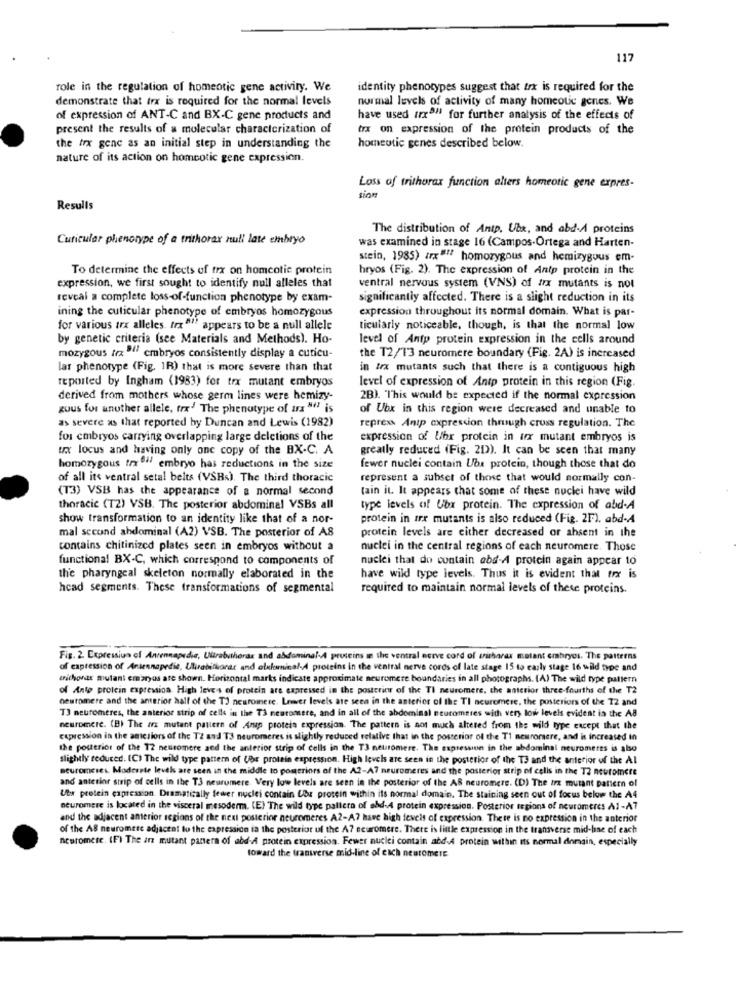
117
role in the regulation of homeotic gene activity. We
identity phenotypes suggest that trx is required for the
demonstrate that irx is required for the normal levels
normal levels of activity of many homeotic genes. We
of expression of ANT-C and BX-C gene products and
have used (rx9" for further analysis of the effects of
present the results of a molecular characterization of
trx on expression of the protein products of the
the trx genc as an initial step in understanding the
homeutic genes described below.
nature of its action on homeotic gene expression.
Loss of trithorax function alters homeotic gene expres-
sion
Results
The distribution of Antp. Ubx, and abd-A proteins
Curicular phenotype of a trithorax null late embryo
was examined in stage 16 (Campos.Ortega and Harten-
stein, 1985) irx""" homozygous and hemizygous em-
To determine the effects of trx on homcotie protein
hryos (Fig. 2). The expression of Antp protein in the
expression, we first sought to identify null alleles that
ventral nervous system (VNS) of fx mutants is not
reveal a complete loss-of-function phenotype by exam-
significantly affected. There is a slight reduction in its
ining the culicular phenotype of embryos homozygous
expression throughout its normal domain. What is par-
for various trx alleles. trx""' appears to be a null allele
ticularly noticeable, though, is that the normal low
by genetic criteria (see Materials and Methods). Ho-
level of Antp protein expression in the cells around
mozygous ix " embryos consistently display a cuticu-
the T2/13 neuromere boundary (Fig. 2A) is increased
lar phenotype (Fig. 1R) that is more severe than that
in Ix mutants such that there is a contiguous high
reported by Ingham (1983) for trx mutant embryos
level of expression of Antp protein in this region (Fig.
derived from mothers whose germ lines were hemizy-
2B). This would be expected if the normal expression
guus for another allele, trx' The phenotype of us "" is
of Ubx in this region were decreased and unable to
as severe as that reported by Duncan and Lewis (1982)
repress Anip expression through cross regulation. The
for embryos carrying overlapping large deletions of the
expression of Uhr protein in trx mutant embryos is
ux locus and having only one copy of the BX-C. A
greatly reduced (Fig. 2D). It can be seen that many
homozygous trx 04/ embryo has reductions in the size
fewer nuclei contain Ube protein, though those that do
of all its ventral setal belts (VSBs). The third thoracic
represent a subset of those that would normally con-
(T3) VSB has the appearance of a normal second
(ain it. It appears that some of these nuclei have wild
thoracic (T2) VSB. The posterior abdominal VSBs all
type levels of Lox protein. The expression of abd-A
show transformation to an identity like that of a nor-
protein in irr mutants is also reduced (Fig. 2F). abd-A
mal second abdominal (A2) VSB. The posterior of AS
protein levels are either decreased or absent in the
contains chitinized plates seen in embryos without a
nuclei in the central regions of each neuromere. Those
functional BX-C, which correspond to components of
nuclei that do contain abd-A protein again appear to
the pharyngeal skeleton normally elaborated in the
have wild type levels. Thus it is evident that trx is
head segments. These transformations of segmental
required to maintain normal levels of these proteins.
Fig. 2. Expression of Anrennapedie, Ultrabutherar and abdominal-A proteins in the ventral acrve cord of arisharar melant embryos. The patterns
of expression of Antennapedie, Ulirabifkarar and elelomisal-A proteins in the ventral nerve cords of late stage 15 to early stage 16 wild type and
mnichovar mutant embryos are shown. Horizontal marks indicate approximate neuromere boundaries in all photographs. (A) The wild type pattern
of Ante protein expression High leves of protein are expressed in the posteriew of the TI neuromere, the anterior three-fourths of the T2
neutomere and the anterior hall of the TJ neuromere. Lever levels are seen in the anterior of the TI neuromere, the posteriors of the T2 and
T3 neuromeres, the anterior strip of cells in the T3 neuromere, and in all of the abdominal neuromeres with very low levels evident in the AB
neuromere. (B) The arx mutant pattern of Anap protein expression. The pattern is not much altered from the wild type except that the
expression in the amicsiors of the T2 and T3 neuromeres is slightly reduced relative that in the posterior of the T1 newromere, and is increased in
the pouttrics of the 12 neuromere aed the anterior strip of cells in the T3 neuromere. The expression in the abdominal neuromeres is also
slightly reduced. (C) The wild type pattern of Ude protein expression. High levels are seen in the posterior of the T3 and the anterior of the Al
seuromeses. Moderate levels are seen in the middle to pomeriors of the A2-A? neuromeres and the posterior strip of cells in the T2 neuromere
and anterior strip of cells in the T3 neurumere. Very low levels are seen in the posterior of the AS neuromere. (D) The irx mutant pattern of
Utr protein expression. Dramatically fewer nuclei contain Ube protein within its normal domain. The staining seen out of focus below the A4
neuromere is located in the visceral mesoderm. (E) The wild type pattern of abd-4 protein expression. Posterior regions of neuromeres Al-47
and the adjacent amerior regions of the next posterior neuromeres A2-A7 have high levels of expression. There is no expression in the anterior
of the AS neuromere adjacent to the expression ia the posterior uf the A? seuromere. There is little expression in the transverse mid-base of each
neuromere. (F) The in mutant pantera of abd-A protein expression. Fewer nuclei contain add-4 protein within its normal domain, especially
toward the transverse mid-line of each neuromere